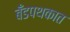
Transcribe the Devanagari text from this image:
बँडपथकात